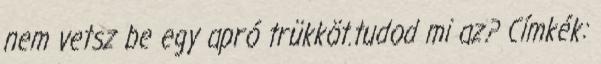
nem vetsz be egy apró trükköt.tudod mi az? Címkék: